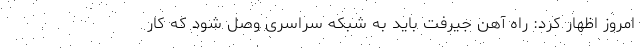
امروز اظهار کرد: راه آهن جیرفت باید به شبکه سراسری وصل شود که کار